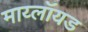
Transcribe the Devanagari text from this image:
माय्लॉयड